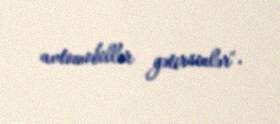
avtomobillər gətirsinlər".